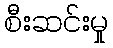
စီးဆင်းမှု